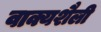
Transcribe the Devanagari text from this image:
वाक्यशैली